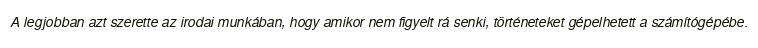
A legjobban azt szerette az irodai munkában, hogy amikor nem figyelt rá senki, történeteket gépelhetett a számítógépébe.